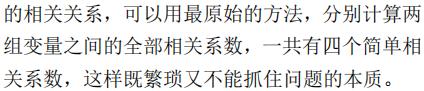
的相关关系，可以用最原始的方法，分别计算两组变量之间的全部相关系数，一共有四个简单相关系数，这样既繁琐又不能抓住问题的本质。